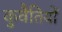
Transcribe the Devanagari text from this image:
कुवैतियों